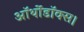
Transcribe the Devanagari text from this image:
ऑर्थोडॉक्स।